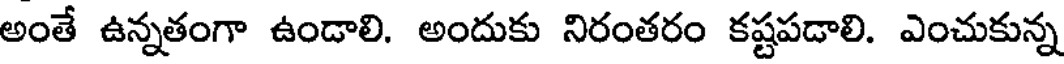
అంతే ఉన్నతంగా ఉండాలి. అందుకు నిరంతరం కష్టపడాలి. ఎంచుకున్న